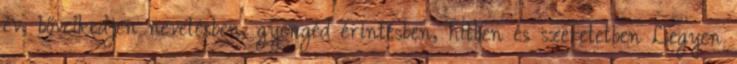
év, bővelkedjen nevetésben, gyengéd érintésben, hitben és szeretetben Legyen